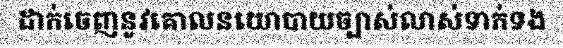
ដាក់ចេញនូវគោលនយោបាយច្បាស់លាស់ទាក់ទង